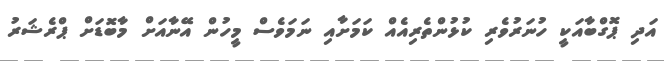
އަދި ޕޮގްބާއަކީ ހުނަރުވެރި ކުޅުންތެރިއެއް ކަމަށާއި ނަމަވެސް މީހުން އޭނާއަށް މާބޮޑަށް ޕްރެޝަރު